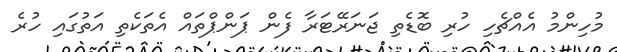
މުހިންމު އެއްޗެހި ހުރި ބޮޑެތި ޖަނަރޭޓަރާ ފެން ޕަންޕްތައް އެތަކެތި އަތުގައި ހުރެ